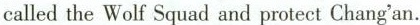
called the Wolf Squad and protect Chang'an.